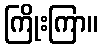
ကြိုးကြာ။